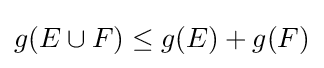
g(E\cup F)\leq g(E)+g(F)